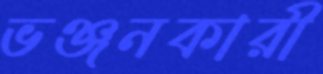
ভঞ্জনকারী